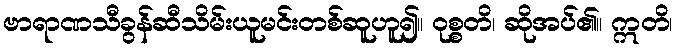
ဗာရာဏသီခွန်ဆီသိမ်းယူမင်းတစ်ဆူဟူ၍။ ဝုစ္စတိ၊ ဆိုအပ်၏။ ဣတိ၊